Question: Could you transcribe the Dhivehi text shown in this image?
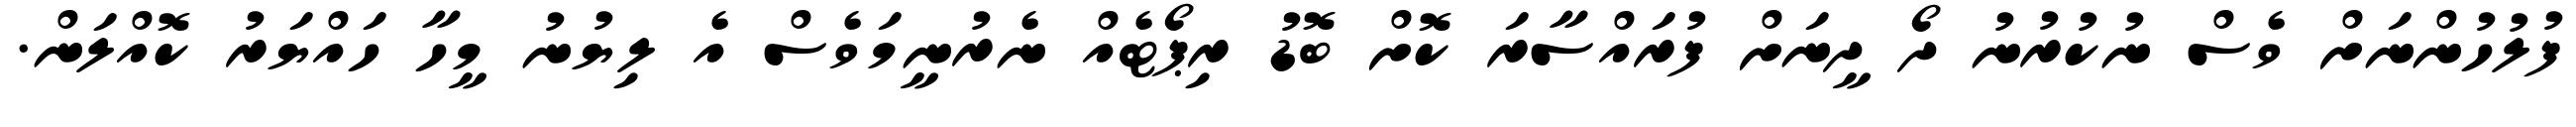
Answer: ފުލުހުންނަށް ވެސް ނުކުރުނު ދޯ ދީނަށް ފުރައްސާރަ ކޮށް ބޮޑު ރިޕޯޓެއް ނެރުނީމަވެސް އެ ލިޔުނު މީހާ ހައްޔަރު ކޮއްލަން.